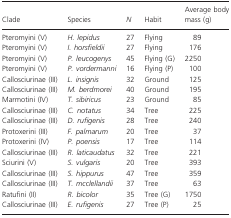
<table><thead><tr><td><b>Clade</b></td><td><b>Species</b></td><td><b><i>N</i></b></td><td><b>Habit</b></td><td><b>Average body mass (g)</b></td></tr></thead><tbody><tr><td>Pteromyini (V)</td><td><i>H. lepidus</i></td><td>27</td><td>Flying</td><td>89</td></tr><tr><td>Pteromyini (V)</td><td><i>I. horsfieldii</i></td><td>27</td><td>Flying</td><td>176</td></tr><tr><td>Pteromyini (V)</td><td><i>P. leucogenys</i></td><td>45</td><td>Flying (G)</td><td>2250</td></tr><tr><td>Pteromyini (V)</td><td><i>P. vordermanni</i></td><td>16</td><td>Flying (P)</td><td>100</td></tr><tr><td>Callosciurinae (III)</td><td><i>L. insignis</i></td><td>32</td><td>Ground</td><td>125</td></tr><tr><td>Callosciurinae (III)</td><td><i>M. berdmorei</i></td><td>40</td><td>Ground</td><td>195</td></tr><tr><td>Marmotini (IV)</td><td><i>T. sibiricus</i></td><td>23</td><td>Ground</td><td>85</td></tr><tr><td>Callosciurinae (III)</td><td><i>C. notatus</i></td><td>34</td><td>Tree</td><td>225</td></tr><tr><td>Callosciurinae (III)</td><td><i>D. rufigenis</i></td><td>28</td><td>Tree</td><td>240</td></tr><tr><td>Protoxerini (III)</td><td><i>F. palmarum</i></td><td>20</td><td>Tree</td><td>37</td></tr><tr><td>Protoxerini (IV)</td><td><i>P. poensis</i></td><td>17</td><td>Tree</td><td>114</td></tr><tr><td>Callosciurinae (III)</td><td><i>R. laticaudatus</i></td><td>32</td><td>Tree</td><td>221</td></tr><tr><td>Sciurini (V)</td><td><i>S. vulgaris</i></td><td>20</td><td>Tree</td><td>393</td></tr><tr><td>Callosciurinae (III)</td><td><i>S. hippurus</i></td><td>47</td><td>Tree</td><td>359</td></tr><tr><td>Callosciurinae (III)</td><td><i>T. mcclellandii</i></td><td>37</td><td>Tree</td><td>63</td></tr><tr><td>Ratufini (II)</td><td><i>R. bicolor</i></td><td>35</td><td>Tree (G)</td><td>1750</td></tr><tr><td>Callosciurinae (III)</td><td><i>E. rufigenis</i></td><td>27</td><td>Tree (P)</td><td>25</td></tr></tbody></table>